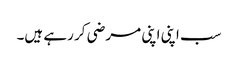
سب اپنی اپنی مرضی کر رہے ہیں۔